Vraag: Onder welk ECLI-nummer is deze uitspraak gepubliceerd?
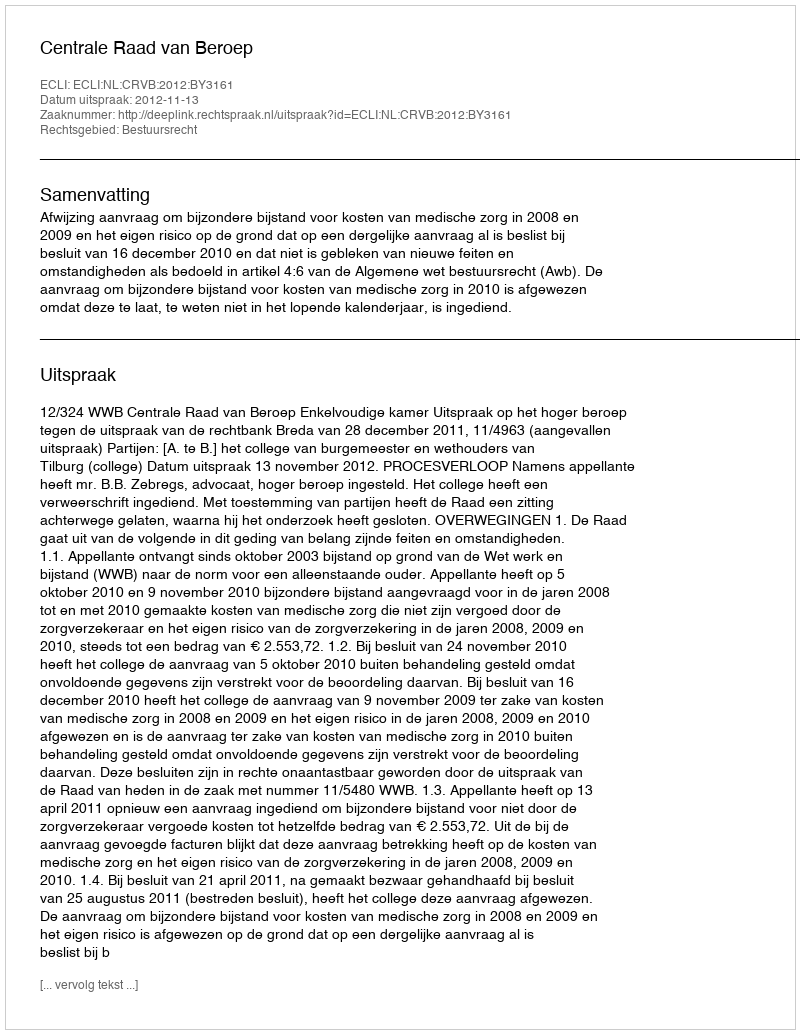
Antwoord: ECLI:NL:CRVB:2012:BY3161